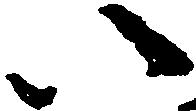
い